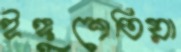
ইঙ্গুশেতিয়া